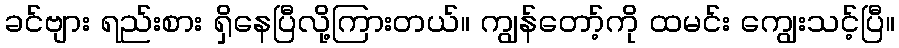
ခင်ဗျား ရည်းစား ရှိနေပြီလို့ကြားတယ်။ ကျွန်တော့်ကို ထမင်း ကျွေးသင့်ပြီ။